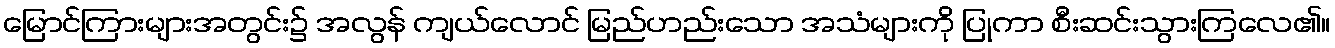
မြောင်ကြားများအတွင်း၌ အလွန် ကျယ်လောင် မြည်ဟည်းသော အသံများကို ပြုကာ စီးဆင်းသွားကြလေ၏။